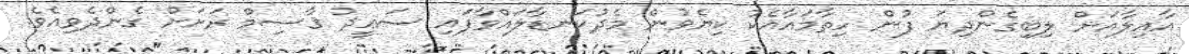
އާއިލާއަށް ލިބިގެންދިޔަ ފުން ހިތާމައާއެކު ކިޔެވުން މެދުކަނޑާލައްވާފައި ސަޢީދު ޤާސިމް ރަށަށް ގެންދެވިއެވެ.